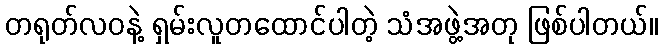
တရုတ်လဝနဲ့ ရှမ်းလူတထောင်ပါတဲ့ သံအဖွဲ့အတု ဖြစ်ပါတယ်။